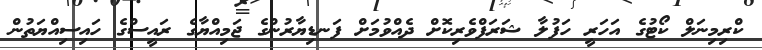
ކްރިމިނަލް ކޯޓުގެ އަހަރީ ހަފުލާ ޝަރަފްވެރިކޮށް ދެއްވުމަށް ފަނޑިޔާރުންގެ ޖަމިއްޔާގެ ރައީސްގެ ހައިސިއްޔަތުން